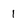
Character: 1